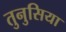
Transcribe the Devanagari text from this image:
तुनुसिया